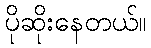
ပိုဆိုးနေတယ်။